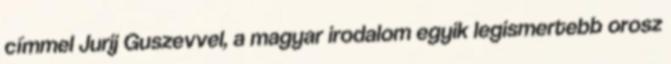
címmel Jurij Guszevvel, a magyar irodalom egyik legismertebb orosz